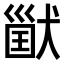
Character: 𤠪